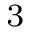
_ 3